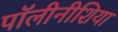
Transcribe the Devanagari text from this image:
पॉलीनीशिया